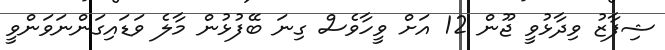
ޝިފާޒު ވިދާޅުވީ ޖޫން 12 އަށް ވީހާވެސް ގިނަ ބޭފުޅުން މާލެ ވަޑައިގަންނަވަންވީ